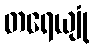
တရေယျုံ